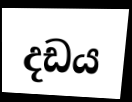
දඩය